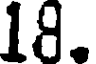
18.